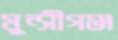
মুন্সীগঞ্জ